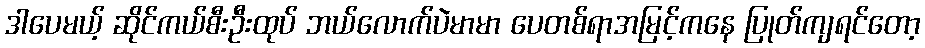
ဒါပေမယ့် ဆိုင်ကယ်စီးဦးထုပ် ဘယ်လောက်ပဲမာမာ ပေတစ်ရာအမြင့်ကနေ ပြုတ်ကျရင်တော့